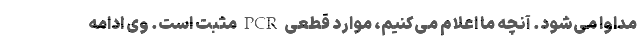
مداوا می‌شود. آنچه ما اعلام می‌کنیم، موارد قطعی PCR مثبت است. وی ادامه